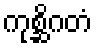
ကုစ္ဆိဂတံ